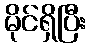
မိုင်ရှိပြီး